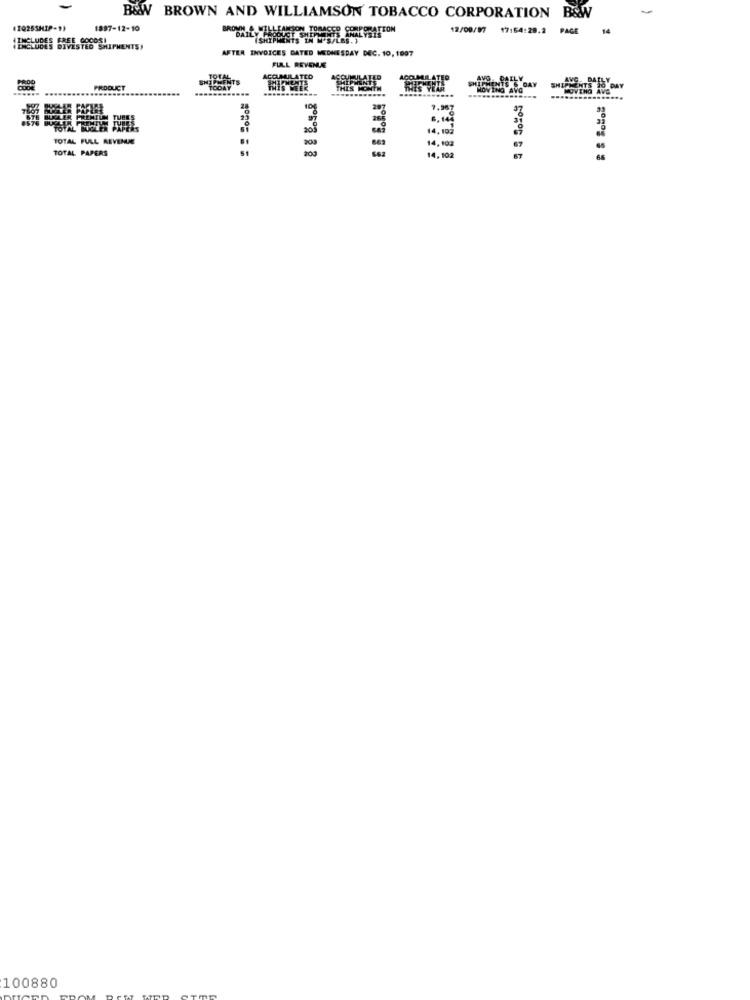
B&W BROWN AND WILLIAMSON TOBACCO CORPORATION B&W
(2025SHIP-9)
1887-12-10
BROWN S WILLENESON TOBASED CORPORATION
12/09/97
17:54:28.2 PAGE
14
(SHIPMENTS IN M'S/LAS.}
"ENELUDES BIVESTES SHIPMENTS)
AFTER INVOICES GATED WEDNESDAY DEC. 10, 1097
FULL REVENUE
COUMULATLO
LATEO
AVO DAILY
PRODUCT
CORY
......
---
207
7.987
14 . 102
TOTAL FULL REVENUE
200
TOTAL PAPERS
14, 102
14,102
100880